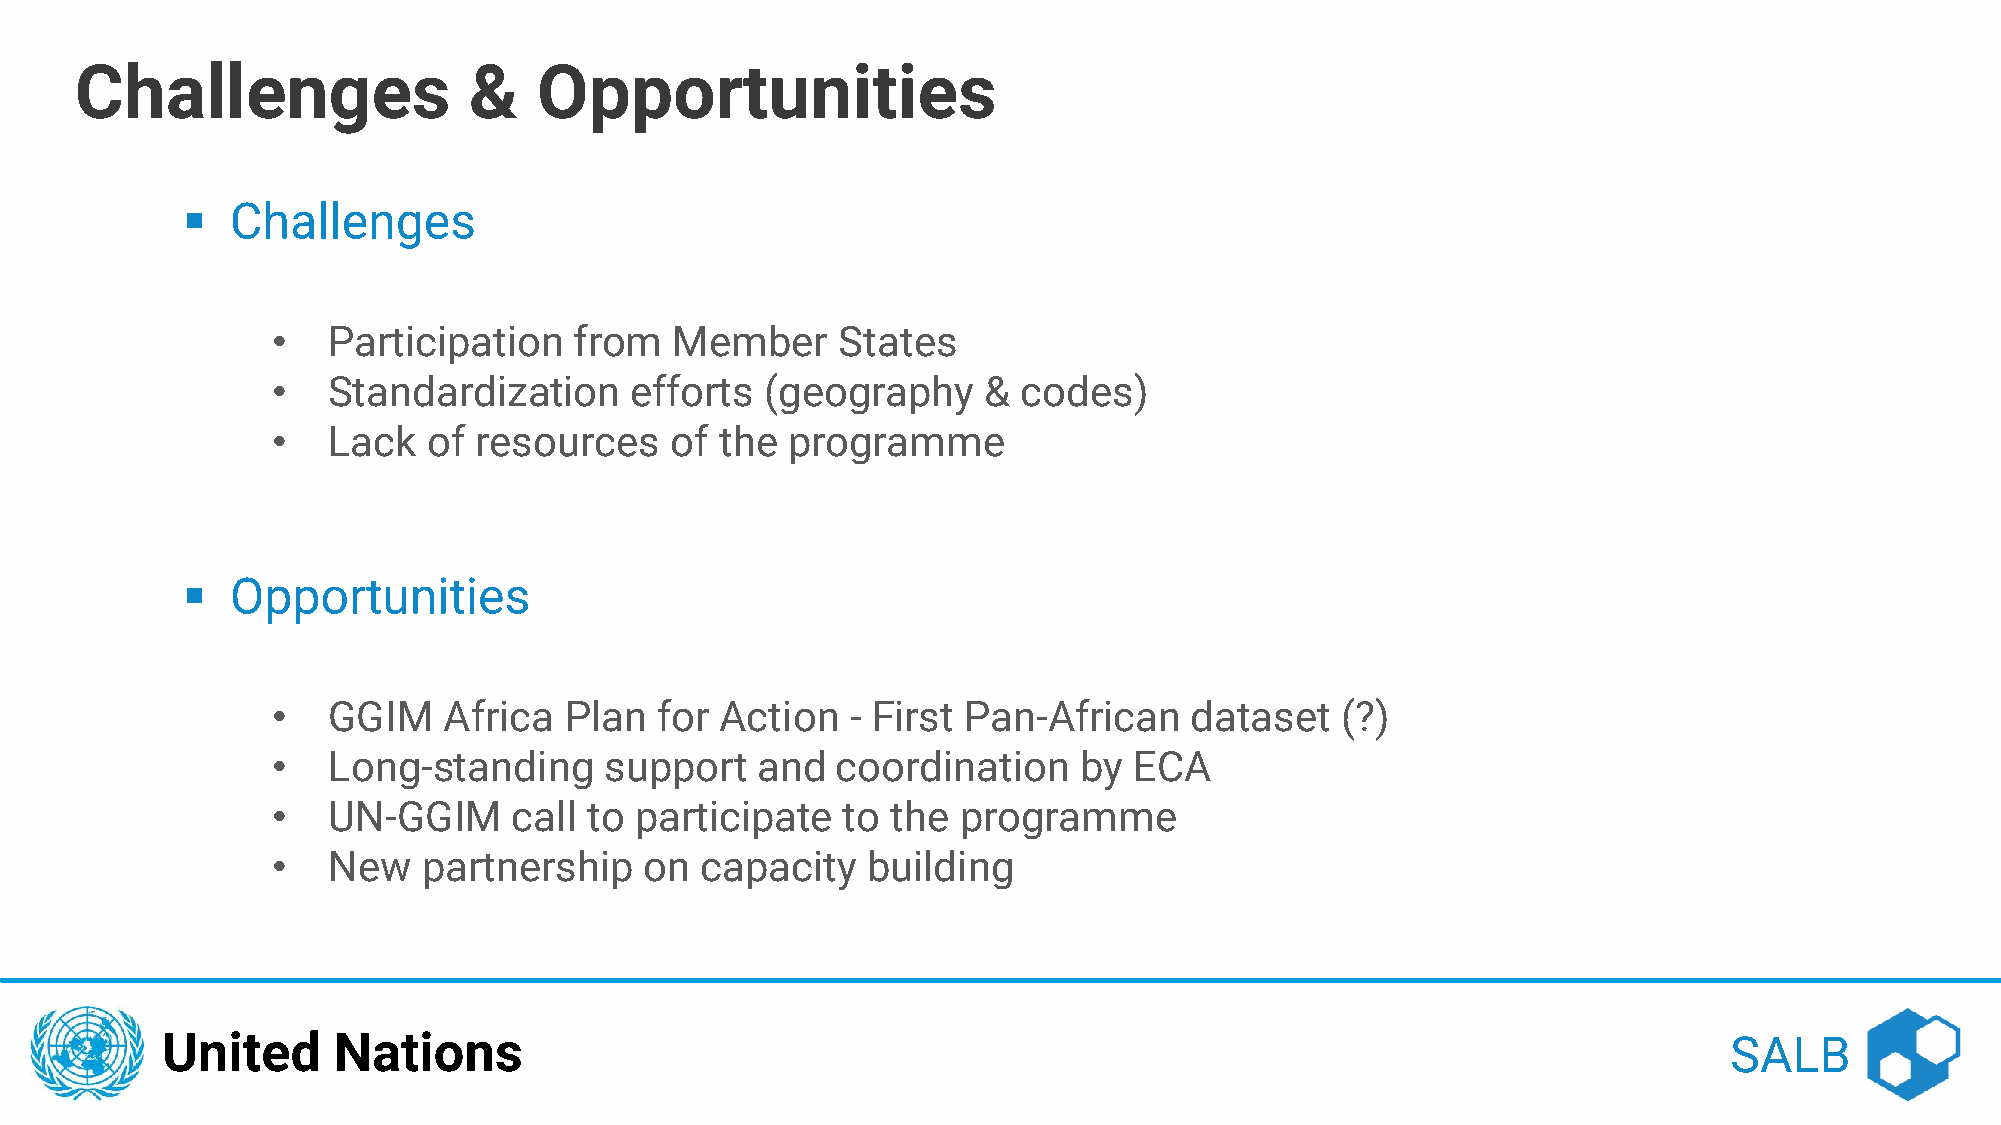
Challenges                &    Opportunities
 ▪  Challenges
 •   Participation   from   Member    States
 •   Standardization     efforts  (geography    &  codes)
 •   Lack  of resources    of  the programme
 ▪  Opportunities
 •   GGIM   Africa  Plan  for  Action  - First Pan-African    dataset   (?)
 •   Long-standing     support   and  coordination    by  ECA
 •   UN-GGIM     call to participate   to the programme
 •   New   partnership    on capacity   building
 United     Nations                                                                                     SALB